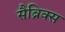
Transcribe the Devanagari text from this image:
सैब्रिक्स